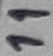
Text: 11